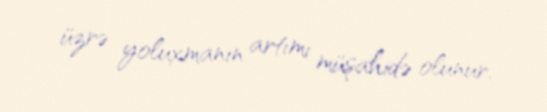
üzrə yoluxmanın artımı müşahidə olunur.